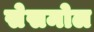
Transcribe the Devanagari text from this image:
सेसमोल